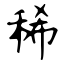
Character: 稀